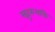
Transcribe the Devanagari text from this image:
सद्गुरुभक्ति